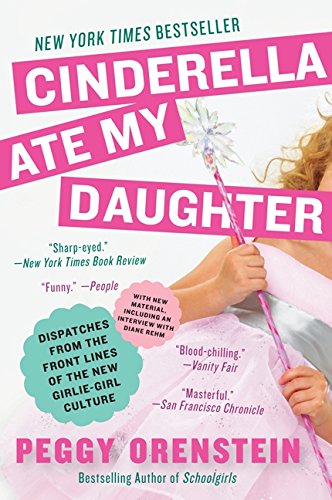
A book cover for Cinderella Ate My Daughter: Dispatches from the Front Lines of the New Girlie-Girl Culture; Peggy Orenstein; Parenting & Relationships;